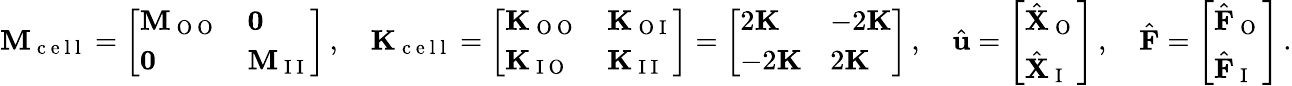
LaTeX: \mathbf{M}_{\mathrm{~c~e~l~l~}}=\left[\begin{array}{ll}{\mathbf{M}_{\mathrm{~O~O~}}}&{\mathbf{0}}\\ {\mathbf{0}}&{\mathbf{M}_{\mathrm{~I~I~}}}\end{array}\right]\, ,\quad\mathbf{K}_{\mathrm{~c~e~l~l~}}=\left[\begin{array}{ll}{\mathbf{K}_{\mathrm{~O~O~}}}&{\mathbf{K}_{\mathrm{~O~I~}}}\\ {\mathbf{K}_{\mathrm{~I~O~}}}&{\mathbf{K}_{\mathrm{~I~I~}}}\end{array}\right]=\left[\begin{array}{ll}{2\mathbf{K}}&{-2\mathbf{K}}\\ {-2\mathbf{K}}&{2\mathbf{K}}\end{array}\right]\, ,\quad\hat{\mathbf{u}}=\left[\begin{array}{l}{\hat{\mathbf{X}}_{\mathrm{~O~}}}\\ {\hat{\mathbf{X}}_{\mathrm{~I~}}}\end{array}\right]\, ,\quad\hat{\mathbf{F}}=\left[\begin{array}{l}{\hat{\mathbf{F}}_{\mathrm{~O~}}}\\ {\hat{\mathbf{F}}_{\mathrm{~I~}}}\end{array}\right]\, .